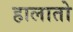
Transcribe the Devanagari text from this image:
हालातो